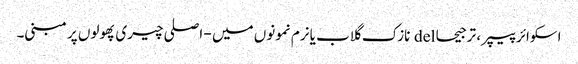
اسکوائر پیپر ، ترجیحا del نازک گلاب یا نرم نمونوں میں - اصلی چیری پھولوں پر مبنی۔